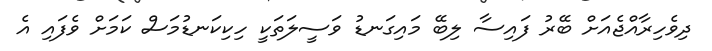
ދިވެހިރާއްޖެއަށް ބޭރު ފައިސާ ލިބޭ މައިގަނޑު ވަސީލަތަކީ ހިކިކަނޑުމަސް ކަމަށް ވެފައި އެ